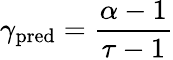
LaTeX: \gamma_{\textrm{pred}}=\frac{\alpha-1}{\tau-1}